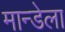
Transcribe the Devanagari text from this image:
मान्डेला